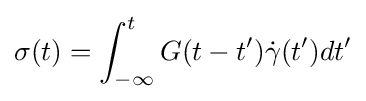
\sigma (t)=\int _{-\infty }^{t}G(t-t'){\dot {\gamma }}(t')dt'